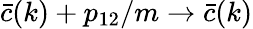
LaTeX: \bar{c}(k)+p_{12}/m\rightarrow\bar{c}(k)